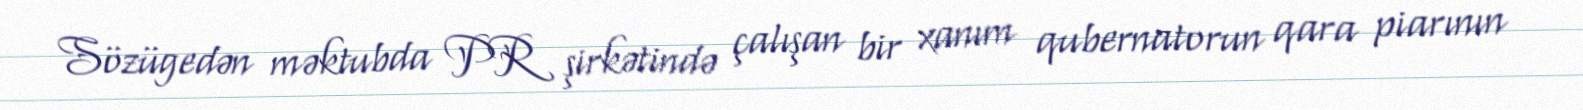
Sözügedən məktubda PR şirkətində çalışan bir xanım qubernatorun qara piarının